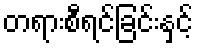
တရားစီရင်ခြင်းနှင့်